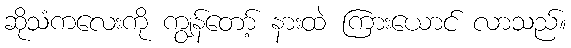
ဆိုသံကလေးကို ကျွန်တော့် နားထဲ ကြားယောင် လာသည်။